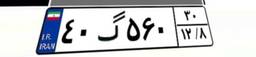
۱۵گ۴۶۳۹۵